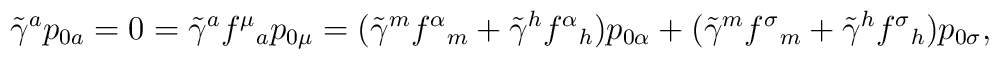
\tilde{\gamma}^{a} p_{0a} = 0 = \tilde{\gamma}^{a} f^{\mu}{ }_ap_{0\mu} = (\tilde{\gamma}^{m} f^{\alpha}{ }_m  +\tilde{\gamma}^{h} f^{\alpha}{ }_h )p_{0\alpha}  + (\tilde{\gamma}^{m} f^{\sigma}{ }_m  +\tilde{\gamma}^{h} f^{\sigma}{ }_h  ) p_{0\sigma},